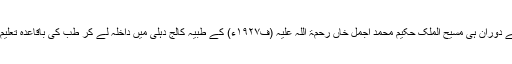
قیامِ دہلی کے دوران ہی مسیح الملک حکیم محمد اجمل خاں رحمۃ اللہ علیہ (ف۱۹۲۷ء) کے طبیہ کالج دہلی میں داخلہ لے کر طب کی باقاعدہ تعلیم حاصل کی۔